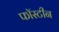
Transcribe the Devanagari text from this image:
फॉस्टीन